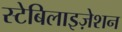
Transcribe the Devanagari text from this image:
स्टेबिलाइज़ेशन